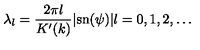
\lambda _ { l } = \frac { 2 \pi l } { K ^ { \prime } ( k ) } | \mathrm { s n } ( \psi ) | l = 0 , 1 , 2 , \ldots